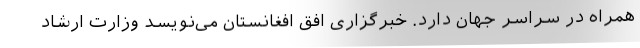
همراه در سراسر جهان دارد. خبرگزاری افق افغانستان می‌نویسد وزارت ارشاد